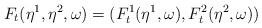
LaTeX: \begin{align*}F_t(\eta^1,\eta^2,\omega)=(F_t^1(\eta^1,\omega),F_t^2(\eta^2,\omega))\end{align*}